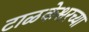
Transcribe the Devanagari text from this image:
टाळकेश्वरच्या